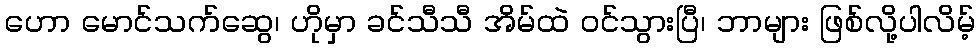
ဟော မောင်သက်ဆွေ၊ ဟိုမှာ ခင်သီသီ အိမ်ထဲ ဝင်သွားပြီ၊ ဘာများ ဖြစ်လို့ပါလိမ့်